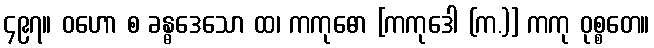
၄၉၇။ ဝဟော စ ခန္ဓဒေသော ထ၊ ကကုဓော [ကကုဒေါ (က.)] ကကု ဝုစ္စတေ။